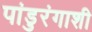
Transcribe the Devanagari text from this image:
पांडुरंगाशी